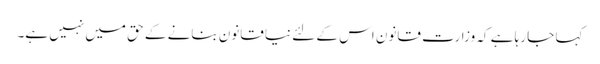
کہا جا رہا ہے کہ وزارت قانون اس کے لئے نیا قانون بنانے کے حق میں نہیں ہے۔